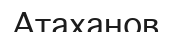
Атаханов